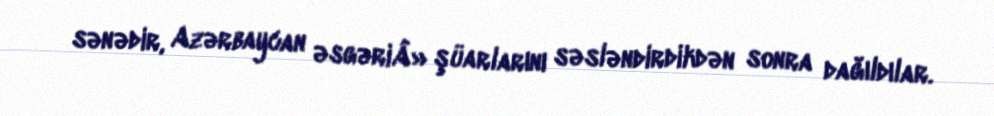
sənədir, Azərbaycan əsgəriÂ» şüarlarını səsləndirdikdən sonra dağıldılar.